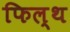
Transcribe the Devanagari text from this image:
फिल्थ